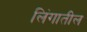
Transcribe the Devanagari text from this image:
लिंगातील